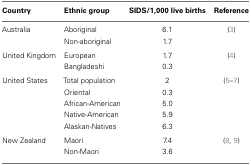
<table><thead><tr><td><b>Country</b></td><td><b>Ethnic group</b></td><td><b>SIDS/1,000 live births</b></td><td><b>Reference</b></td></tr></thead><tbody><tr><td>Australia</td><td>Aboriginal</td><td>6.1</td><td>(3)</td></tr><tr><td></td><td>Non-aboriginal</td><td>1.7</td><td></td></tr><tr><td>United Kingdom</td><td>European</td><td>1.7</td><td>(4)</td></tr><tr><td></td><td>Bangladeshi</td><td>0.3</td><td></td></tr><tr><td>United States</td><td>Total population</td><td>2</td><td>(5–7)</td></tr><tr><td></td><td>Oriental</td><td>0.3</td><td></td></tr><tr><td></td><td>African-American</td><td>5.0</td><td></td></tr><tr><td></td><td>Native-American</td><td>5.9</td><td></td></tr><tr><td></td><td>Alaskan-Natives</td><td>6.3</td><td></td></tr><tr><td>New Zealand</td><td>Maori</td><td>7.4</td><td>(8, 9)</td></tr><tr><td></td><td>Non-Maori</td><td>3.6</td><td></td></tr></tbody></table>